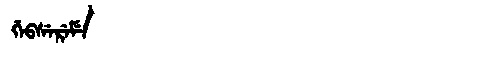
Manchu: ᡤᡝᠪᠰᡝᡵᡝᠮᡝ
Romanization: GEBSEREME